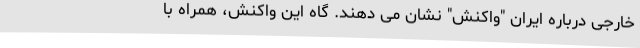
خارجی درباره ایران "واکنش" نشان می دهند. گاه این واکنش، همراه با